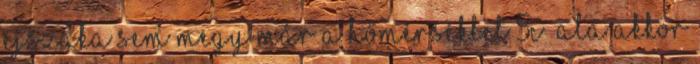
éjszaka sem megy már a hőmérséklet 5C° alá akkor